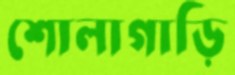
শোলাগাড়ি